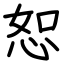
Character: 恕